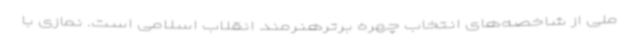
ملی از شاخصه‌های انتخاب چهره برترهنرمند انقلاب اسلامی است. نمازی با